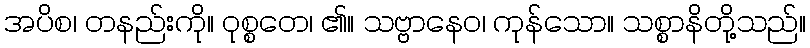
အပိစ၊ တနည်းကို။ ဝုစ္စတေ၊ ၏။ သဗ္ဗာနေဝ၊ ကုန်သော။ သစ္စာနိတို့သည်။